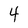
Character: 4